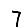
Digit: 7